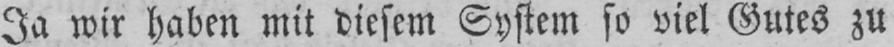
Ja wir haben mit diesem System so viel Gutes zu